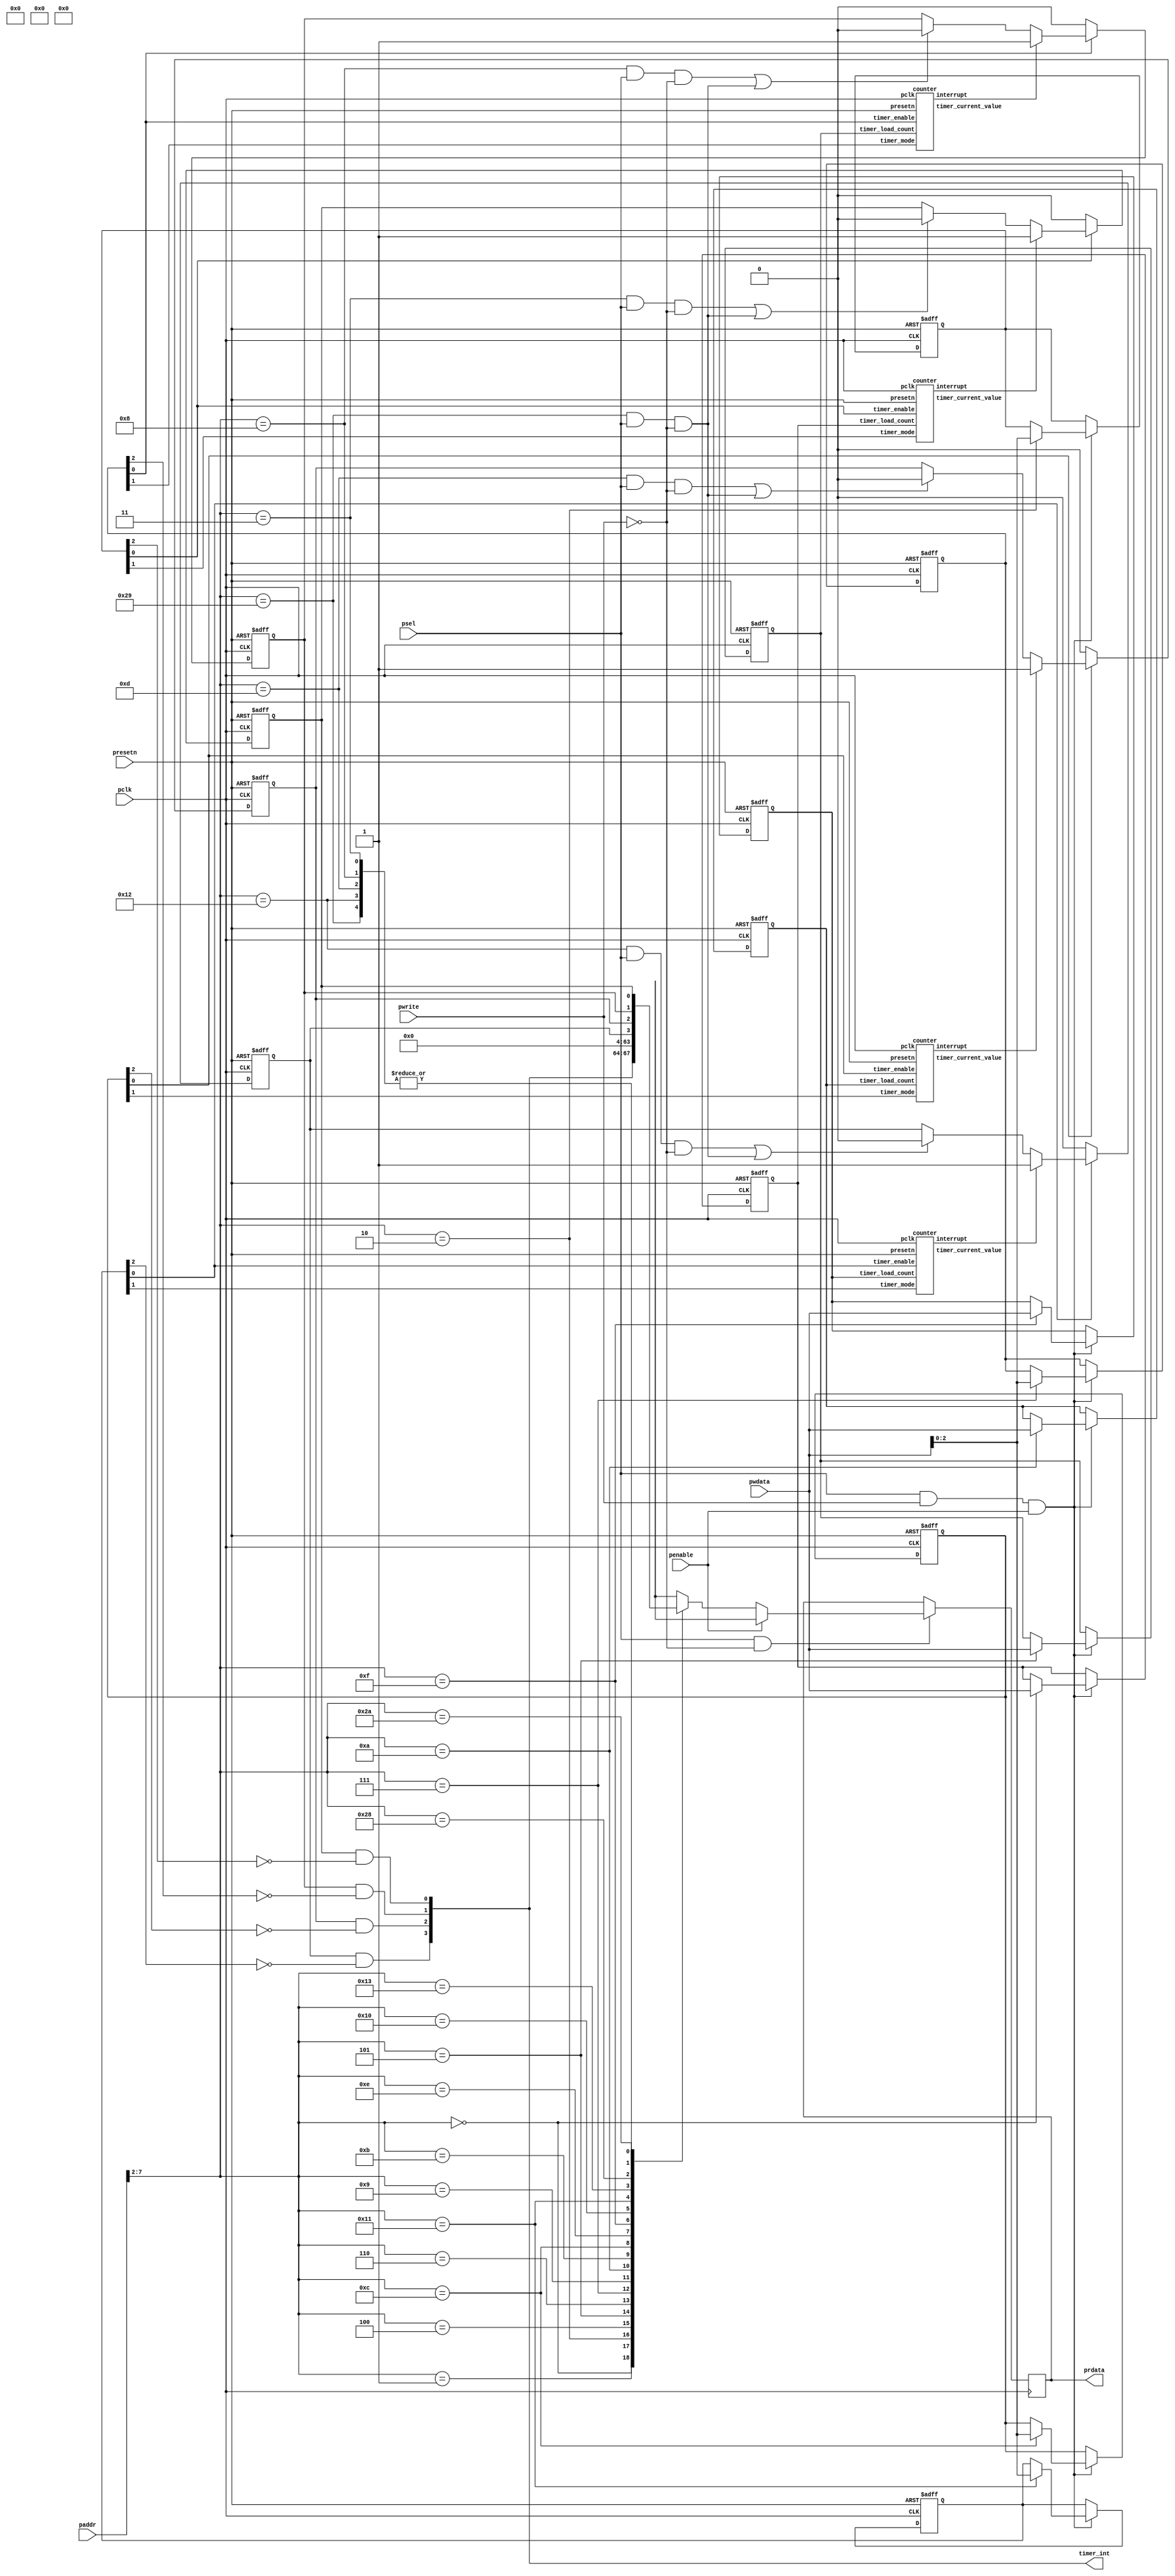
/*Copyright 2020-2021 T-Head Semiconductor Co., Ltd.

Licensed under the Apache License, Version 2.0 (the "License");
you may not use this file except in compliance with the License.
You may obtain a copy of the License at

    http://www.apache.org/licenses/LICENSE-2.0

Unless required by applicable law or agreed to in writing, software
distributed under the License is distributed on an "AS IS" BASIS,
WITHOUT WARRANTIES OR CONDITIONS OF ANY KIND, either express or implied.
See the License for the specific language governing permissions and
limitations under the License.
*/























module timer(
  paddr,
  pclk,
  penable,
  prdata,
  presetn,
  psel,
  pwdata,
  pwrite,
  timer_int
);


input   [15:0]  paddr;                 
input           pclk;                  
input           penable;               
input           presetn;               
input           psel;                  
input   [31:0]  pwdata;
input           pwrite;
output  [31:0]  prdata;                
output  [3 :0]  timer_int;             


reg     [31:0]  prdata;                
reg     [2 :0]  timer_1_control_reg;   
reg     [31:0]  timer_1_load_count;    
reg             timer_1_raw_int_status; 
reg     [2 :0]  timer_2_control_reg;   
reg     [31:0]  timer_2_load_count;    
reg             timer_2_raw_int_status; 
reg     [2 :0]  timer_3_control_reg;   
reg     [31:0]  timer_3_load_count;    
reg             timer_3_raw_int_status; 
reg     [2 :0]  timer_4_control_reg;   
reg     [31:0]  timer_4_load_count;    
reg             timer_4_raw_int_status; 


wire    [15:0]  paddr;                 
wire            pclk;                  
wire            presetn;               
wire            psel;                  
wire    [31:0]  pwdata;                
wire            pwrite;  
wire    [31:0]  timer_1_current_value; 
wire            timer_1_int_clear;     
wire            timer_1_int_status;    
wire            timer_1_interrupt;     
wire    [31:0]  timer_2_current_value; 
wire            timer_2_int_clear;     
wire            timer_2_int_status;    
wire            timer_2_interrupt;     
wire    [31:0]  timer_3_current_value; 
wire            timer_3_int_clear;     
wire            timer_3_int_status;    
wire            timer_3_interrupt;     
wire    [31:0]  timer_4_current_value; 
wire            timer_4_int_clear;     
wire            timer_4_int_status;    
wire            timer_4_interrupt;     
wire    [3 :0]  timer_int;             
wire            timers_int_clear;      











counter  timer_1 (
  .interrupt              (timer_1_interrupt     ),
  .pclk                   (pclk                  ),
  .presetn                (presetn               ),
  .timer_current_value    (timer_1_current_value ),
  .timer_enable           (timer_1_control_reg[0]),
  .timer_load_count       (timer_1_load_count    ),
  .timer_mode             (timer_1_control_reg[1])
);











counter  timer_2 (
  .interrupt              (timer_2_interrupt     ),
  .pclk                   (pclk             ),
  .presetn                (presetn          ),
  .timer_current_value    (timer_2_current_value ),
  .timer_enable           (timer_2_control_reg[0]),
  .timer_load_count       (timer_2_load_count    ),
  .timer_mode             (timer_2_control_reg[1])
);











counter  timer_3 (
  .interrupt              (timer_3_interrupt     ),
  .pclk                   (pclk             ),
  .presetn                (presetn          ),
  .timer_current_value    (timer_3_current_value ),
  .timer_enable           (timer_3_control_reg[0]),
  .timer_load_count       (timer_3_load_count    ),
  .timer_mode             (timer_3_control_reg[1])
);











counter  timer_4 (
  .interrupt              (timer_4_interrupt     ),
  .pclk                   (pclk             ),
  .presetn                (presetn          ),
  .timer_current_value    (timer_4_current_value ),
  .timer_enable           (timer_4_control_reg[0]),
  .timer_load_count       (timer_4_load_count    ),
  .timer_mode             (timer_4_control_reg[1])
);













always @(posedge pclk or negedge presetn)
begin
  if(!presetn)
  begin
    timer_1_load_count <= 32'b0;
    timer_1_control_reg <= 3'b0;
    timer_2_load_count <= 32'b0;
    timer_2_control_reg <= 3'b0;
    timer_3_load_count <= 32'b0;
    timer_3_control_reg <= 3'b0;
    timer_4_load_count <= 32'b0;
    timer_4_control_reg <= 3'b0;
  end
  else
  begin
    if(psel && pwrite && penable)
    begin
      case(paddr[7:2])
        6'b000000:
        begin
          timer_1_load_count <= pwdata;
        end
        6'b000010:
        begin
          timer_1_control_reg <= pwdata[2:0];
        end
        6'b000101:
        begin
          timer_2_load_count <= pwdata;
        end
        6'b000111:
        begin
          timer_2_control_reg <= pwdata[2:0];
        end
        6'b001010:
        begin
          timer_3_load_count <= pwdata;
        end
        6'b001100:
        begin
          timer_3_control_reg <= pwdata[2:0];
        end
        6'b001111:
        begin
          timer_4_load_count <= pwdata;
        end
        6'b010001:
        begin
          timer_4_control_reg <= pwdata[2:0];
        end
      endcase
    end
  end
end
    



always @(posedge pclk)
begin
  if(psel && !pwrite)
  begin
    if (!penable)
	begin
      case(paddr[7:2])
        6'b000000:
        begin
          prdata <= timer_1_load_count;
        end
        6'b000001:
        begin
          prdata <= timer_1_current_value;
        end
        6'b000010:
        begin
          prdata <= {29'b0, timer_1_control_reg};
        end
        6'b000011:
        begin
          prdata <= 32'b0;
        end
        6'b000100:
        begin
          prdata <= {31'b0, timer_1_int_status};
        end
        6'b000101:
        begin
          prdata <= timer_2_load_count;
        end
        6'b000110:
        begin
          prdata <= timer_2_current_value;
        end
        6'b000111:
        begin
          prdata <= {29'b0, timer_2_control_reg};
        end
        6'b001000:
        begin
          prdata <= 32'b0;
        end
        6'b001001:
        begin
          prdata <= {31'b0, timer_2_int_status};
        end
        6'b001010:
        begin
          prdata <= timer_3_load_count;
        end
        6'b001011:
        begin
          prdata <= timer_3_current_value;
        end
        6'b001100:
        begin
          prdata <= {29'b0, timer_3_control_reg};
        end
        6'b001101:
        begin
          prdata <= 32'b0;
        end
        6'b001110:
        begin
          prdata <= {31'b0, timer_3_int_status};
        end
        6'b001111:
        begin
          prdata <= timer_4_load_count;
        end
        6'b010000:
        begin
          prdata <= timer_4_current_value;
        end
        6'b010001:
        begin
          prdata <= {29'b0, timer_4_control_reg};
        end
        6'b010010:
        begin
          prdata <= 32'b0;
        end
        6'b010011:
        begin
          prdata <= {31'b0, timer_4_int_status};
        end
        6'b101000:
        begin
          prdata <= {28'b0, timer_int};
        end
        6'b101001:
        begin
          prdata <= 32'b0;
        end
        6'b101010:
        begin
          prdata <= {28'b0, timer_4_raw_int_status, timer_3_raw_int_status, timer_2_raw_int_status, timer_1_raw_int_status};
        end
        default:
        begin
          prdata <= 32'bx;
        end
      endcase
	end
	else
	begin
	  prdata <= 32'bx;
	end
  end
end

assign timer_int = {timer_4_int_status, timer_3_int_status, timer_2_int_status, timer_1_int_status};




assign timer_1_int_clear = (paddr[7:2] == 6'b000011) && psel && !pwrite;
assign timer_2_int_clear = (paddr[7:2] == 6'b001000) && psel && !pwrite;
assign timer_3_int_clear = (paddr[7:2] == 6'b001101) && psel && !pwrite;
assign timer_4_int_clear = (paddr[7:2] == 6'b010010) && psel && !pwrite;
assign timers_int_clear = (paddr[7:2] == 6'b101001) && psel && !pwrite;




assign timer_1_int_status = timer_1_raw_int_status && !timer_1_control_reg[2];
always @(posedge pclk or negedge presetn)
begin
  if(!presetn)
  begin
    timer_1_raw_int_status <= 1'b0;
  end
  else
  begin
    if(timer_1_control_reg[0])
    begin
      if(timer_1_interrupt)
      begin
        timer_1_raw_int_status <= 1'b1;
      end
      else
      begin
        if(timer_1_int_clear || timers_int_clear)
        begin
          timer_1_raw_int_status <= 1'b0;
        end
      end
    end
    else
    begin
      timer_1_raw_int_status <= 1'b0;
    end
  end
end




assign timer_2_int_status = timer_2_raw_int_status && !timer_2_control_reg[2];
always @(posedge pclk or negedge presetn)
begin
  if(!presetn)
  begin
    timer_2_raw_int_status <= 1'b0;
  end
  else
  begin
    if(timer_2_control_reg[0])
    begin
      if(timer_2_interrupt)
      begin
        timer_2_raw_int_status <= 1'b1;
      end
      else
      begin
        if(timer_2_int_clear || timers_int_clear)
        begin
          timer_2_raw_int_status <= 1'b0;
        end
      end
    end
    else
    begin
      timer_2_raw_int_status <= 1'b0;
    end
  end
end




assign timer_3_int_status = timer_3_raw_int_status && !timer_3_control_reg[2];
always @(posedge pclk or negedge presetn)
begin
  if(!presetn)
  begin
    timer_3_raw_int_status <= 1'b0;
  end
  else
  begin
    if(timer_3_control_reg[0])
    begin
      if(timer_3_interrupt)
      begin
        timer_3_raw_int_status <= 1'b1;
      end
      else
      begin
        if(timer_3_int_clear || timers_int_clear)
        begin
          timer_3_raw_int_status <= 1'b0;
        end
      end
    end
    else
    begin
      timer_3_raw_int_status <= 1'b0;
    end
  end
end




assign timer_4_int_status = timer_4_raw_int_status && !timer_4_control_reg[2];
always @(posedge pclk or negedge presetn)
begin
  if(!presetn)
  begin
    timer_4_raw_int_status <= 1'b0;
  end
  else
  begin
    if(timer_4_control_reg[0])
    begin
      if(timer_4_interrupt)
      begin
        timer_4_raw_int_status <= 1'b1;
      end
      else
      begin
        if(timer_4_int_clear || timers_int_clear)
        begin
          timer_4_raw_int_status <= 1'b0;
        end
      end
    end
    else
    begin
      timer_4_raw_int_status <= 1'b0;
    end
  end
end


endmodule

module counter(
  interrupt,
  pclk,
  presetn,
  timer_current_value,
  timer_enable,
  timer_load_count,
  timer_mode
);


input           pclk;               
input           presetn;            
input           timer_enable;       
input   [31:0]  timer_load_count;   
input           timer_mode;         
output          interrupt;          
output  [31:0]  timer_current_value; 


reg     [31:0]  counter;            
reg             interrupt;          
reg             timer_enable_flop;  


wire            load_cnt_en;        
wire            pclk;               
wire            presetn;            
wire    [31:0]  timer_current_value; 
wire            timer_enable;       
wire    [31:0]  timer_load_count;   
wire            timer_mode;         





always @(posedge pclk or negedge presetn)
begin
  if(!presetn)
  begin
      timer_enable_flop <=0;
  end
  else
  begin
      timer_enable_flop <=timer_enable ;
  end
end

assign load_cnt_en= (timer_enable && !timer_enable_flop)
                    || !(|counter[31:0]);

always @(posedge pclk or negedge presetn)
begin
  if(!presetn)
  begin
      counter[31:0] <=32'hffffffff;
  end
  else if(load_cnt_en)
  begin
    if(timer_mode)
    begin
      counter[31:0]<=timer_load_count[31:0];
    end
    else 
    begin
      counter[31:0]<=32'hffffffff;
    end
  end
  else if (timer_enable)
  begin
    counter[31:0]<=counter[31:0]-1'b1;
  end
  else
  begin
    counter[31:0]<=counter[31:0];
  end
end

assign timer_current_value[31:0]=counter[31:0];




always @(posedge pclk or negedge presetn)
begin
  if(!presetn)
  begin
    interrupt <=1'b0;
  end
  else if(!{|counter[31:0]})
  begin
    interrupt <=1'b1;
  end
  else
  begin
    interrupt<=1'b0 ;
  end
end


endmodule